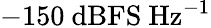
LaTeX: -150~\mathrm{dBFS~Hz^{-1}}